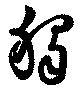
獨